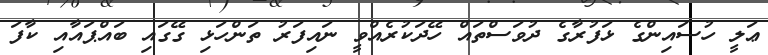
ޢަލީ ހުސައިންގެ ޅަފުރާގެ ދުވަސްތައް ހޭދަކުރެއްވީ ނައިފަރު ތަންހަޅި ގޭގައި ބައްޕައާއި ކާފަ